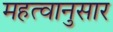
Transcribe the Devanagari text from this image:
महत्वानुसार